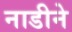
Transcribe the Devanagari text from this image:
नाडीने